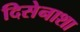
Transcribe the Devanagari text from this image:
दिसेनाशा